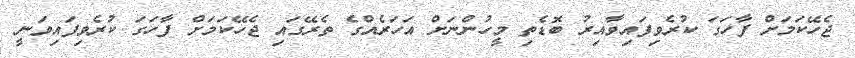
ޖެހޭކަމަށް ފާހަގަ ކުރެވިފައިވާއިރު ބޮޑެތި މީހުންނަށް އަހަރެއްގެ ތެރޭގައި ޖެހޭކަމަށް ފާހަގަ ކުރެވިފައިވަނީ